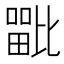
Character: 𭻦